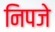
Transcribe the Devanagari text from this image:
निपजे